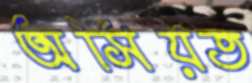
অসিয়ত